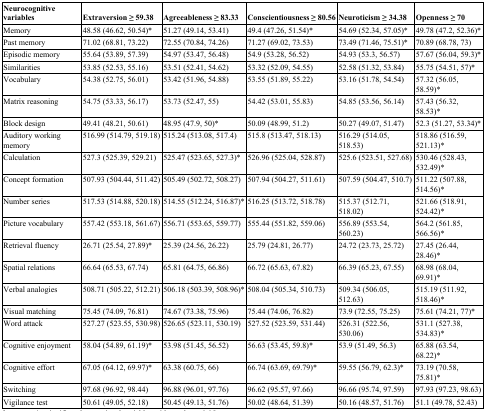
<table><thead><tr><td><b>Neurocognitive variables</b></td><td><b>Extraversion ≥ 59.38</b></td><td><b>Agreeableness ≥ 83.33</b></td><td><b>Conscientiousness ≥ 80.56</b></td><td><b>Neuroticism ≥ 34.38</b></td><td><b>Openness ≥ 70</b></td></tr></thead><tbody><tr><td>Memory</td><td>48.58 (46.62, 50.54)*</td><td>51.27 (49.14, 53.41)</td><td>49.4 (47.26, 51.54)*</td><td>54.69 (52.34, 57.05)*</td><td>49.78 (47.2, 52.36)*</td></tr><tr><td>Past memory</td><td>71.02 (68.81, 73.22)</td><td>72.55 (70.84, 74.26)</td><td>71.27 (69.02, 73.53)</td><td>73.49 (71.46, 75.51)*</td><td>70.89 (68.78, 73)</td></tr><tr><td>Episodic memory</td><td>55.64 (53.89, 57.39)</td><td>54.97 (53.47, 56.48)</td><td>54.9 (53.28, 56.52)</td><td>54.93 (53.3, 56.57)</td><td>57.67 (56.04, 59.3)*</td></tr><tr><td>Similarities</td><td>53.85 (52.53, 55.16)</td><td>53.51 (52.41, 54.62)</td><td>53.32 (52.09, 54.55)</td><td>52.58 (51.32, 53.84)</td><td>55.75 (54.51, 57)*</td></tr><tr><td>Vocabulary</td><td>54.38 (52.75, 56.01)</td><td>53.42 (51.96, 54.88)</td><td>53.55 (51.89, 55.22)</td><td>53.16 (51.78, 54.54)</td><td>57.32 (56.05, 58.59)*</td></tr><tr><td>Matrix reasoning</td><td>54.75 (53.33, 56.17)</td><td>53.73 (52.47, 55)</td><td>54.42 (53.01, 55.83)</td><td>54.85 (53.56, 56.14)</td><td>57.43 (56.32, 58.53)*</td></tr><tr><td>Block design</td><td>49.41 (48.21, 50.61)</td><td>48.95 (47.9, 50)*</td><td>50.09 (48.99, 51.2)</td><td>50.27 (49.07, 51.47)</td><td>52.3 (51.27, 53.34)*</td></tr><tr><td>Auditory working memory</td><td>516.99 (514.79, 519.18)</td><td>515.24 (513.08, 517.4)</td><td>515.8 (513.47, 518.13)</td><td>516.29 (514.05, 518.53)</td><td>518.86 (516.59, 521.13)*</td></tr><tr><td>Calculation</td><td>527.3 (525.39, 529.21)</td><td>525.47 (523.65, 527.3)*</td><td>526.96 (525.04, 528.87)</td><td>525.6 (523.51, 527.68)</td><td>530.46 (528.43, 532.49)*</td></tr><tr><td>Concept formation</td><td>507.93 (504.44, 511.42)</td><td>505.49 (502.72, 508.27)</td><td>507.94 (504.27, 511.61)</td><td>507.59 (504.47, 510.7)</td><td>511.22 (507.88, 514.56)*</td></tr><tr><td>Number series</td><td>517.53 (514.88, 520.18)</td><td>514.55 (512.24, 516.87)*</td><td>516.25 (513.72, 518.78)</td><td>515.37 (512.71, 518.02)</td><td>521.66 (518.91, 524.42)*</td></tr><tr><td>Picture vocabulary</td><td>557.42 (553.18, 561.67)</td><td>556.71 (553.65, 559.77)</td><td>555.44 (551.82, 559.06)</td><td>556.89 (553.54, 560.23)</td><td>564.2 (561.85, 566.56)*</td></tr><tr><td>Retrieval fluency</td><td>26.71 (25.54, 27.89)*</td><td>25.39 (24.56, 26.22)</td><td>25.79 (24.81, 26.77)</td><td>24.72 (23.73, 25.72)</td><td>27.45 (26.44, 28.46)*</td></tr><tr><td>Spatial relations</td><td>66.64 (65.53, 67.74)</td><td>65.81 (64.75, 66.86)</td><td>66.72 (65.63, 67.82)</td><td>66.39 (65.23, 67.55)</td><td>68.98 (68.04, 69.91)*</td></tr><tr><td>Verbal analogies</td><td>508.71 (505.22, 512.21)</td><td>506.18 (503.39, 508.96)*</td><td>508.04 (505.34, 510.73)</td><td>509.34 (506.05, 512.63)</td><td>515.19 (511.92, 518.46)*</td></tr><tr><td>Visual matching</td><td>75.45 (74.09, 76.81)</td><td>74.67 (73.38, 75.96)</td><td>75.44 (74.06, 76.82)</td><td>73.9 (72.55, 75.25)</td><td>75.61 (74.21, 77)*</td></tr><tr><td>Word attack</td><td>527.27 (523.55, 530.98)</td><td>526.65 (523.11, 530.19)</td><td>527.52 (523.59, 531.44)</td><td>526.31 (522.56, 530.06)</td><td>531.1 (527.38, 534.83)*</td></tr><tr><td>Cognitive enjoyment</td><td>58.04 (54.89, 61.19)*</td><td>53.98 (51.45, 56.52)</td><td>56.63 (53.45, 59.8)*</td><td>53.9 (51.49, 56.3)</td><td>65.88 (63.54, 68.22)*</td></tr><tr><td>Cognitive effort</td><td>67.05 (64.12, 69.97)*</td><td>63.38 (60.75, 66)</td><td>66.74 (63.69, 69.79)*</td><td>59.55 (56.79, 62.3)*</td><td>73.19 (70.58, 75.81)*</td></tr><tr><td>Switching</td><td>97.68 (96.92, 98.44)</td><td>96.88 (96.01, 97.76)</td><td>96.62 (95.57, 97.66)</td><td>96.66 (95.74, 97.59)</td><td>97.93 (97.23, 98.63)</td></tr><tr><td>Vigilance test</td><td>50.61 (49.05, 52.18)</td><td>50.45 (49.13, 51.76)</td><td>50.02 (48.64, 51.39)</td><td>50.16 (48.57, 51.76)</td><td>51.1 (49.78, 52.43)</td></tr></tbody></table>